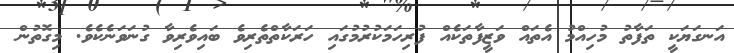
އަނގަޔަކީ ތަފާތު މުހިއްމު އެތައް ވަޒީފާތަކެއް ފުރިހަމަކުރުމުގައި ހަރަކާތްތެރިވެ ބައިވެރިވާ ގުނަވަނެކެވެ. މިގޮތުން